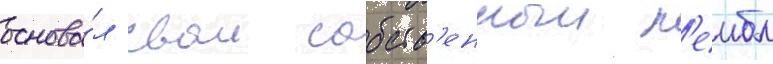
основа́л свои собств'енныи л'еибл